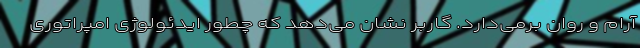
آرام و روان برمی‌دارد. گاربر نشان می‌دهد که چطور ایدئولوژی امپراتوری